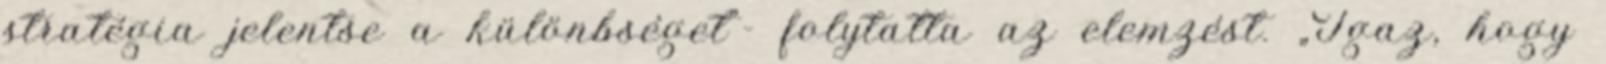
stratégia jelentse a különbséget”- folytatta az elemzést. „Igaz, hogy